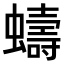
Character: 𫋤